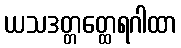
ယသဒတ္တတ္ထေရဂါထာ